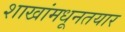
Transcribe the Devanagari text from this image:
शाखांमधूनतयार